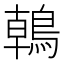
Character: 𪂂